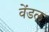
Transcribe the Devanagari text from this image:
वेंडल